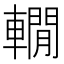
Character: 𨎫